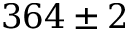
3 6 4 \pm 2